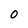
Character: O